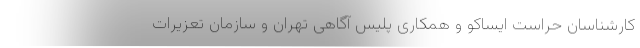
کارشناسان حراست ایساکو و همکاری پلیس آگاهی تهران و سازمان تعزیرات